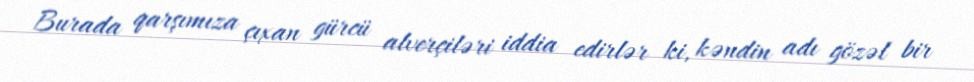
Burada qarşımıza çıxan gürcü alverçiləri iddia edirlər ki, kəndin adı gözəl bir